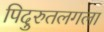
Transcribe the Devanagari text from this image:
पिदुरुतलगला